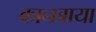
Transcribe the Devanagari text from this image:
कानबाया